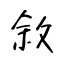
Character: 敘